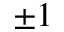
\pm 1